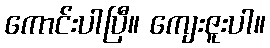
ကောင်းပါပြီ။ ကျေးဇူးပါ။